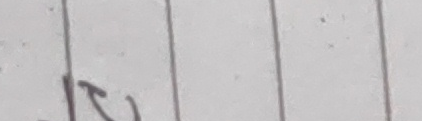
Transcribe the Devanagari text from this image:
हूँ